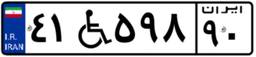
۰۲W۹۳۱۶۸